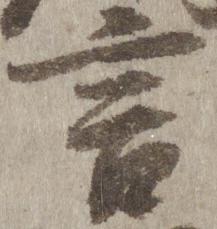
言